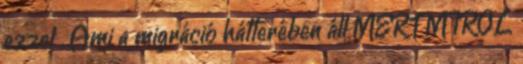
ezzel . Ami a migráció hátterében áll MERT MIRŐL